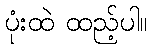
ပုံးထဲ ထည့်ပါ။